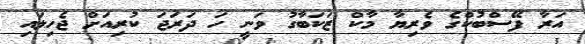
އަރާ ފޭސްބުކްގެ ވެރިޔާ މާކް ޒަކަބާގު ވަނީ ހަ ދަރަޖަ ކުރިއަށް ޖެހިލައި